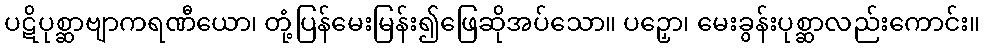
ပဋိပုစ္ဆာဗျာကရဏီယော၊ တုံ့ပြန်မေးမြန်း၍ဖြေဆိုအပ်သော။ ပဉှော၊ မေးခွန်းပုစ္ဆာလည်းကောင်း။